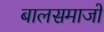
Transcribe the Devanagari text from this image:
बालसमाजों